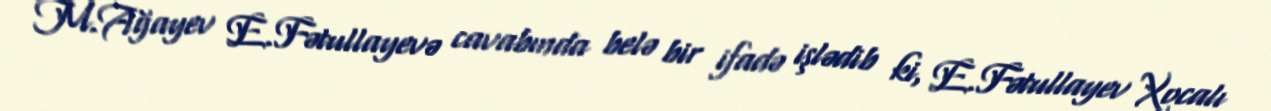
M.Ağayev E.Fətullayevə cavabında belə bir ifadə işlədib ki, E.Fətullayev Xocalı